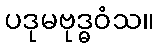
ပဒုမဗုဒ္ဓဝံသ။